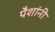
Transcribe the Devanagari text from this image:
पैशांनी